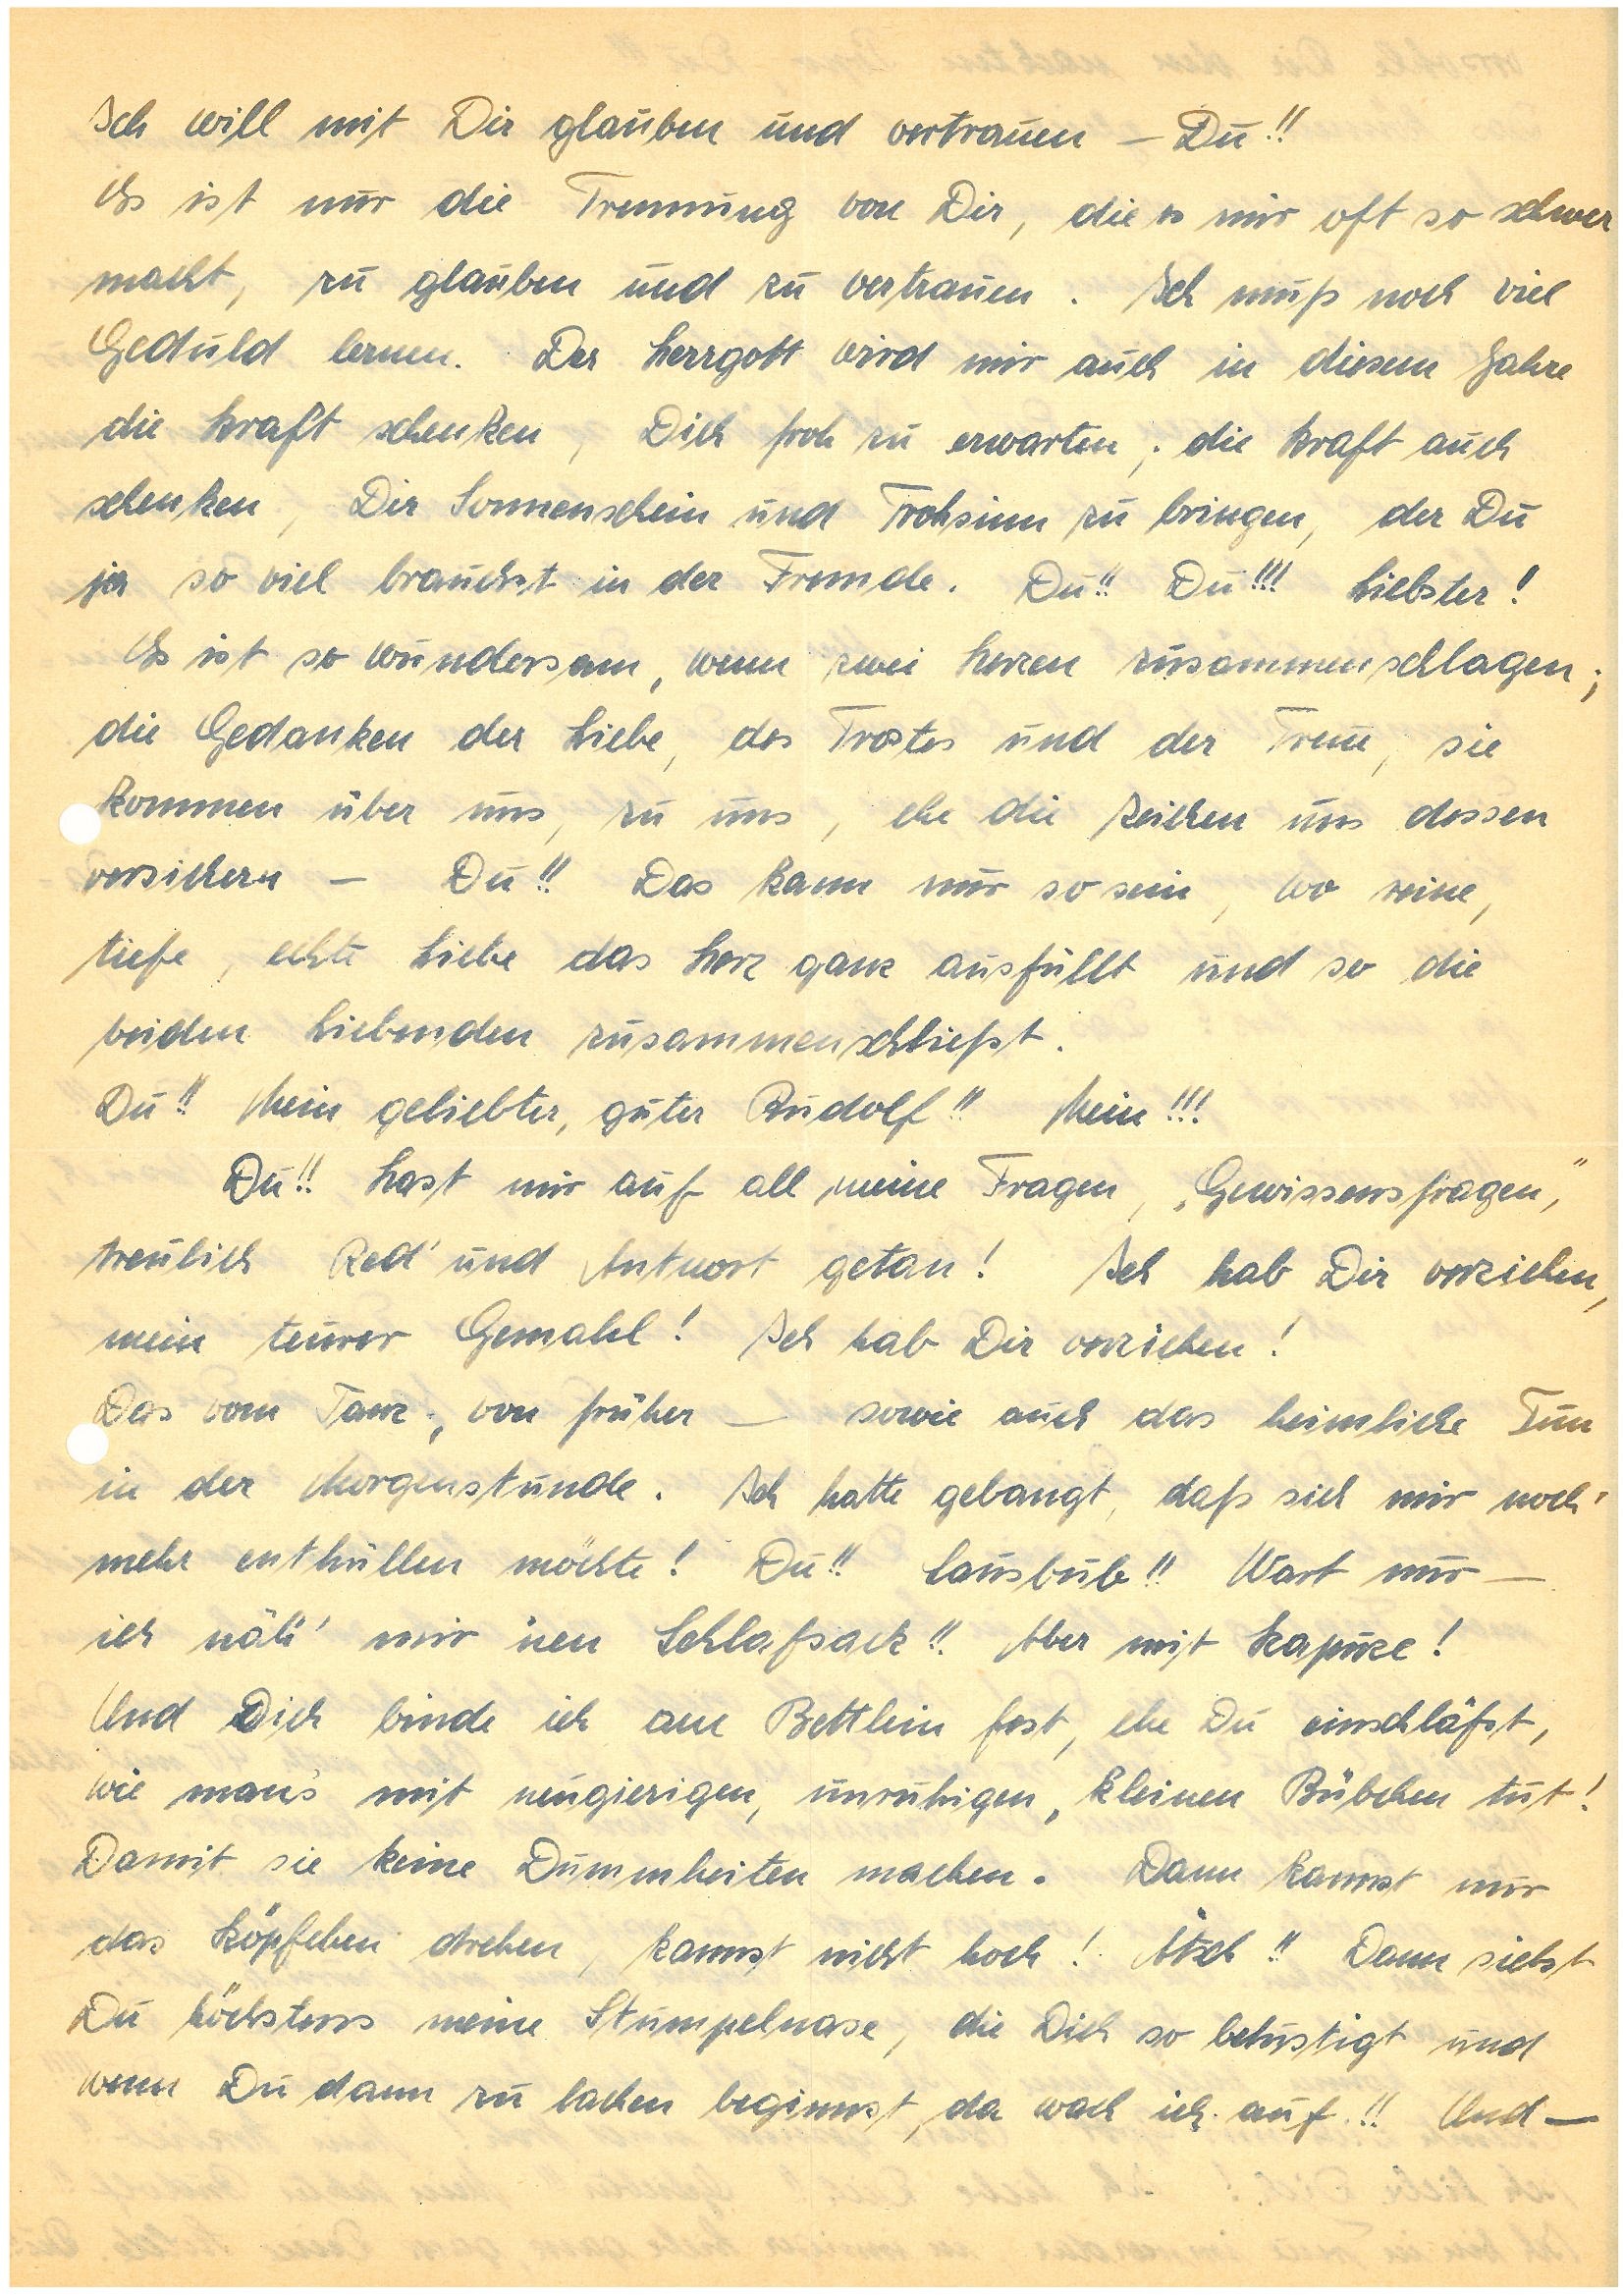
Ich will mit Dir glauben und vertrauen – Du!!
Es ist nur die Trennung von Dir, die es mir oft so schwer
macht, zu glauben und zu vertrauen. Ich  muß noch viel
Geduld lernen. Der Herrgott wird mir auch in diesem Jahre
die Kraft schenken, Dich froh zu erwarten; die Kraft auch
schenken, Dir Sonnenschein und Frohsinn zu bringen, der Du
ja so viel brauchst in der Fremde. Du!! Du!!! Liebster!
Es ist so wundersam, wenn zwei Herzen zusammenschlagen;
die Gedanken der Liebe, des Trostes und der Treue, sie
kommen über uns, zu uns, ehe die Zeichen uns dessen
versichern – Du!! Das kann nur so sein, wo reine,
tiefe, echte Liebe das Herz ganz ausfüllt und so die
beiden Liebenden zusammenschließt.
Du!! Mein geliebter, guter !! Mein!!!
Du!! Hast mir auf all meine Fragen, „Gewissensfragen”,
treulich Red’ und Antwort getan! Ich hab Dir verziehen,
mein teurer Gemahl! Ich habe Dir verziehen!
Das vom Tanz, von früher – sowie auch das heimliche Tun
in der Morgenstunde. Ich hatte gebangt, daß sich mir noch
mehr enthüllen möchte! Du!! Lausbub!! Wart nur –
ich näh’ mir ‘nen Schlafsack!! Aber mit Kapuze!
Und Dich binde ich am Bettlein fest, ehe Du einschläfst,
wie man’s mit neugierigen, unruhigen, kleinen Bübchen tut!
Damit sie keine Dummheiten machen. Dann kannst nur
das Köpfchen drehen, kannst nicht hoch! Ätsch!! Dann siehst
Du höchstens meine Stumpelnase, die Dich so belustigt und
wenn Du dann zu lachen beginnst, da wach ich auf!! Und –